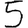
Digit: 5